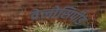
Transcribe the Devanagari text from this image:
वेलोसिपीड